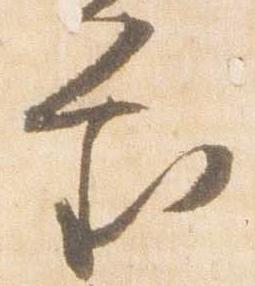
審